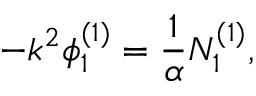
- k ^ { 2 } \phi _ { 1 } ^ { ( 1 ) } = \frac { 1 } { \alpha } N _ { 1 } ^ { ( 1 ) } ,